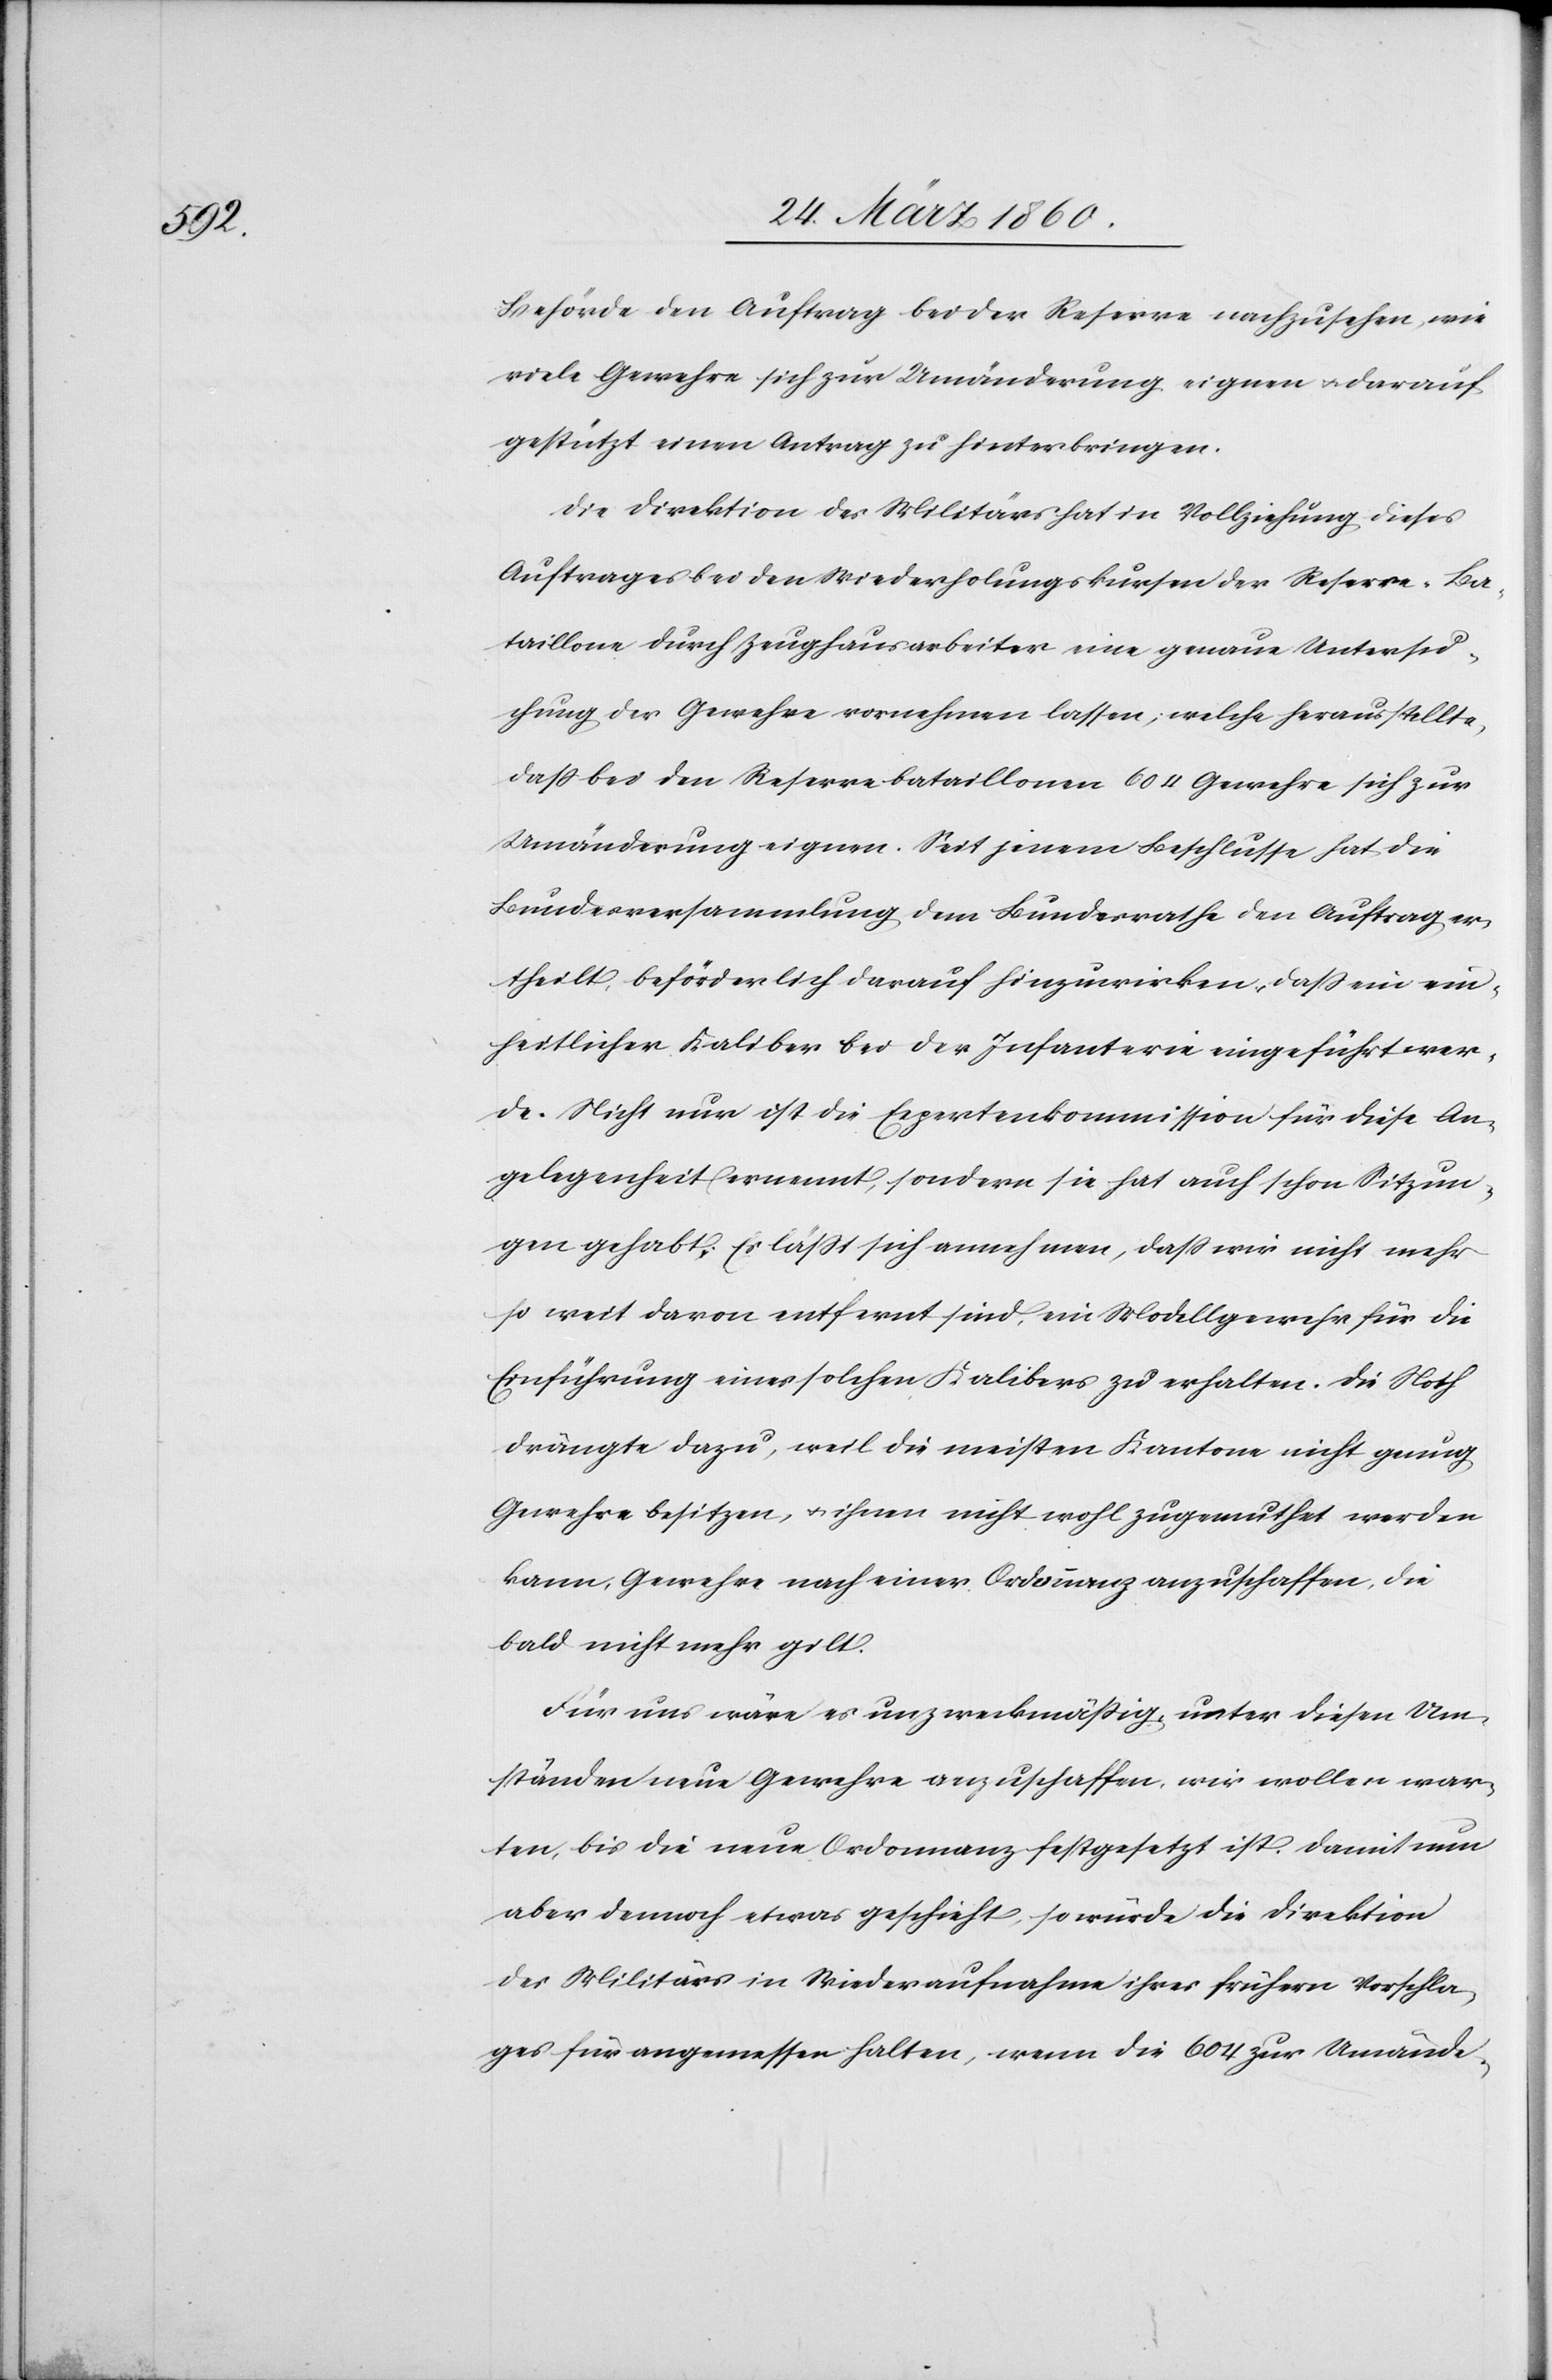
Behörde den Auftrag bei der Reserve nachzusehen, wie
viele Gewehre sich zur Umänderung eignen u. darauf
gestützt einen Antrag zu hinterbringen.
Die Direktion des Militärs hat in Vollziehung dieses
Auftrages bei den Wiederhohlungskursen der Reserve-Ba¬
taillone durch Zeughausarbeiter eine genaue Untersu¬
chung der Gewehre vornehmen lassen, welche herausstellte,
dass bei den Reservebataillonen 604 Gewehre sich zur
Umänderung eignen. Seit jenem Beschlusse hat die
Bundesversammlung dem Bundesrathe den Auftrag er¬
theilt, beförderlich darauf hinzuwirken, dass ein ein¬
heitlicher Kaliber bei der Infanterie eingeführt wer¬
de. Nicht nur ist die Expertenkommission für diese An¬
gelegenheit ernennt, sondern sie hat auch schon Sitzun¬
gen gehabt. Es lässt sich annehmen, dass wir nicht mehr
so weit davon entfernt sind, ein Modellgewehr für die
Einführung eines solchen Kalibers zu erhalten. Die Noth
drängte dazu, weil die meisten Kantone nicht genug
Gewehre besitzen, u. ihnen nicht wohl zugemuthet werden
kann, Gewehre nach einer Ordonnanz anzuschaffen, die
bald nicht mehr gilt.
Für uns wäre es unzweckmässig, unter diesen Um¬
ständen neue Gewehre anzuschaffen, wir wollen war¬
ten, bis die neue Ordonnanz festgesetzt ist. Damit nun
aber dennoch etwas geschieht, so würde die Direktion
des Militärs in Wiederaufnahme ihres frühern Vorschla¬
ges für angemessen halten, wenn die 604 zur Umände-